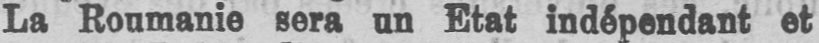
La Roumanie sera un Etat indépendant et